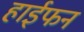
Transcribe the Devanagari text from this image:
हाईफन